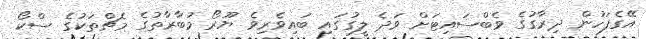
އޭގެފަހުން ދިރާގުގެ ވެބްސައިޓަށް ވަދެ ލީގުގައި ބައިވެރިވެ ޔޫރޯ މުބާރާތުގެ މެޗްތަކުގެ ސްކޯ